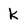
Character: k